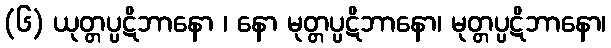
(၆) ယုတ္တပ္ပဋိဘာနော ၊ နော မုတ္တပ္ပဋိဘာနော၊ မုတ္တပ္ပဋိဘာနော၊